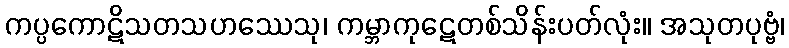
ကပ္ပကောဋိသတသဟဿေသု၊ ကမ္ဘာကုဋေတစ်သိန်းပတ်လုံး။ အသုတပုဗ္ဗံ၊